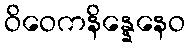
ဝိဝေကနိန္နေနေဝ